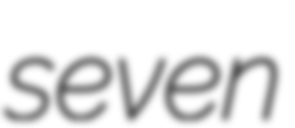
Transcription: seven